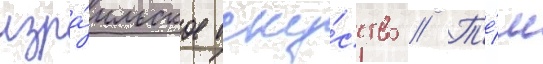
изра́ильское иску́сство // Т'е́м